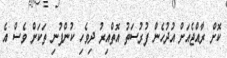
ކޮށް ރާއްޖެއަށް އުދުހެން ފުރުސަތު އޮތްއިރު ދިވެހި ކުންފުނި ތަކަށް ވެސް އެ